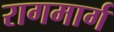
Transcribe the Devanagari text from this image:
रागमार्ग